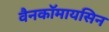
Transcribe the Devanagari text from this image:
वैनकॉमायसिन